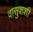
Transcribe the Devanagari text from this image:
वासुशशी